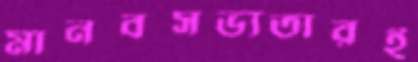
মানবসভ্যতারই